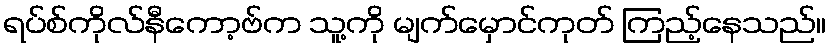
ရပ်စ်ကိုလ်နီကော့ဗ်က သူ့ကို မျက်မှောင်ကုတ် ကြည့်နေသည်။